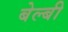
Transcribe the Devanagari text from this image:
बेल्बी